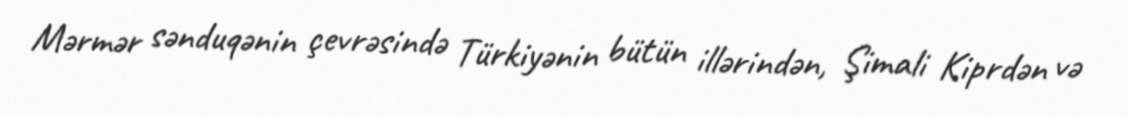
Mərmər sənduqənin çevrəsində Türkiyənin bütün illərindən, Şimali Kiprdən və